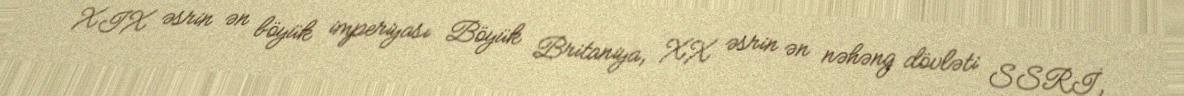
XIX əsrin ən böyük imperiyası Böyük Britaniya, XX əsrin ən nəhəng dövləti SSRİ,